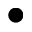
\bullet